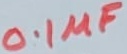
Text: 0.1µF